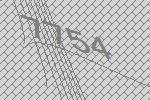
7754